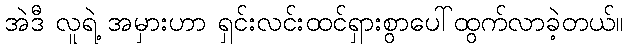
အဲဒီ လူရဲ့ အမှားဟာ ရှင်းလင်းထင်ရှားစွာပေါ်ထွက်လာခဲ့တယ်။